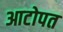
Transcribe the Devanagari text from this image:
आटोपत